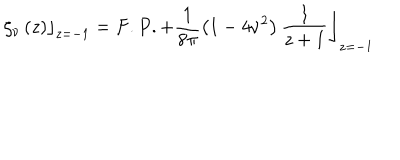
\left. \zeta _ { \nu } \left( z \right) \right\rfloor _ { z = - 1 } = \left. F . P . + \frac { 1 } { 8 \pi } \left( 1 - 4 \nu ^ { 2 } \right) \frac { 1 } { z + 1 } \right\rfloor _ { z = - 1 }